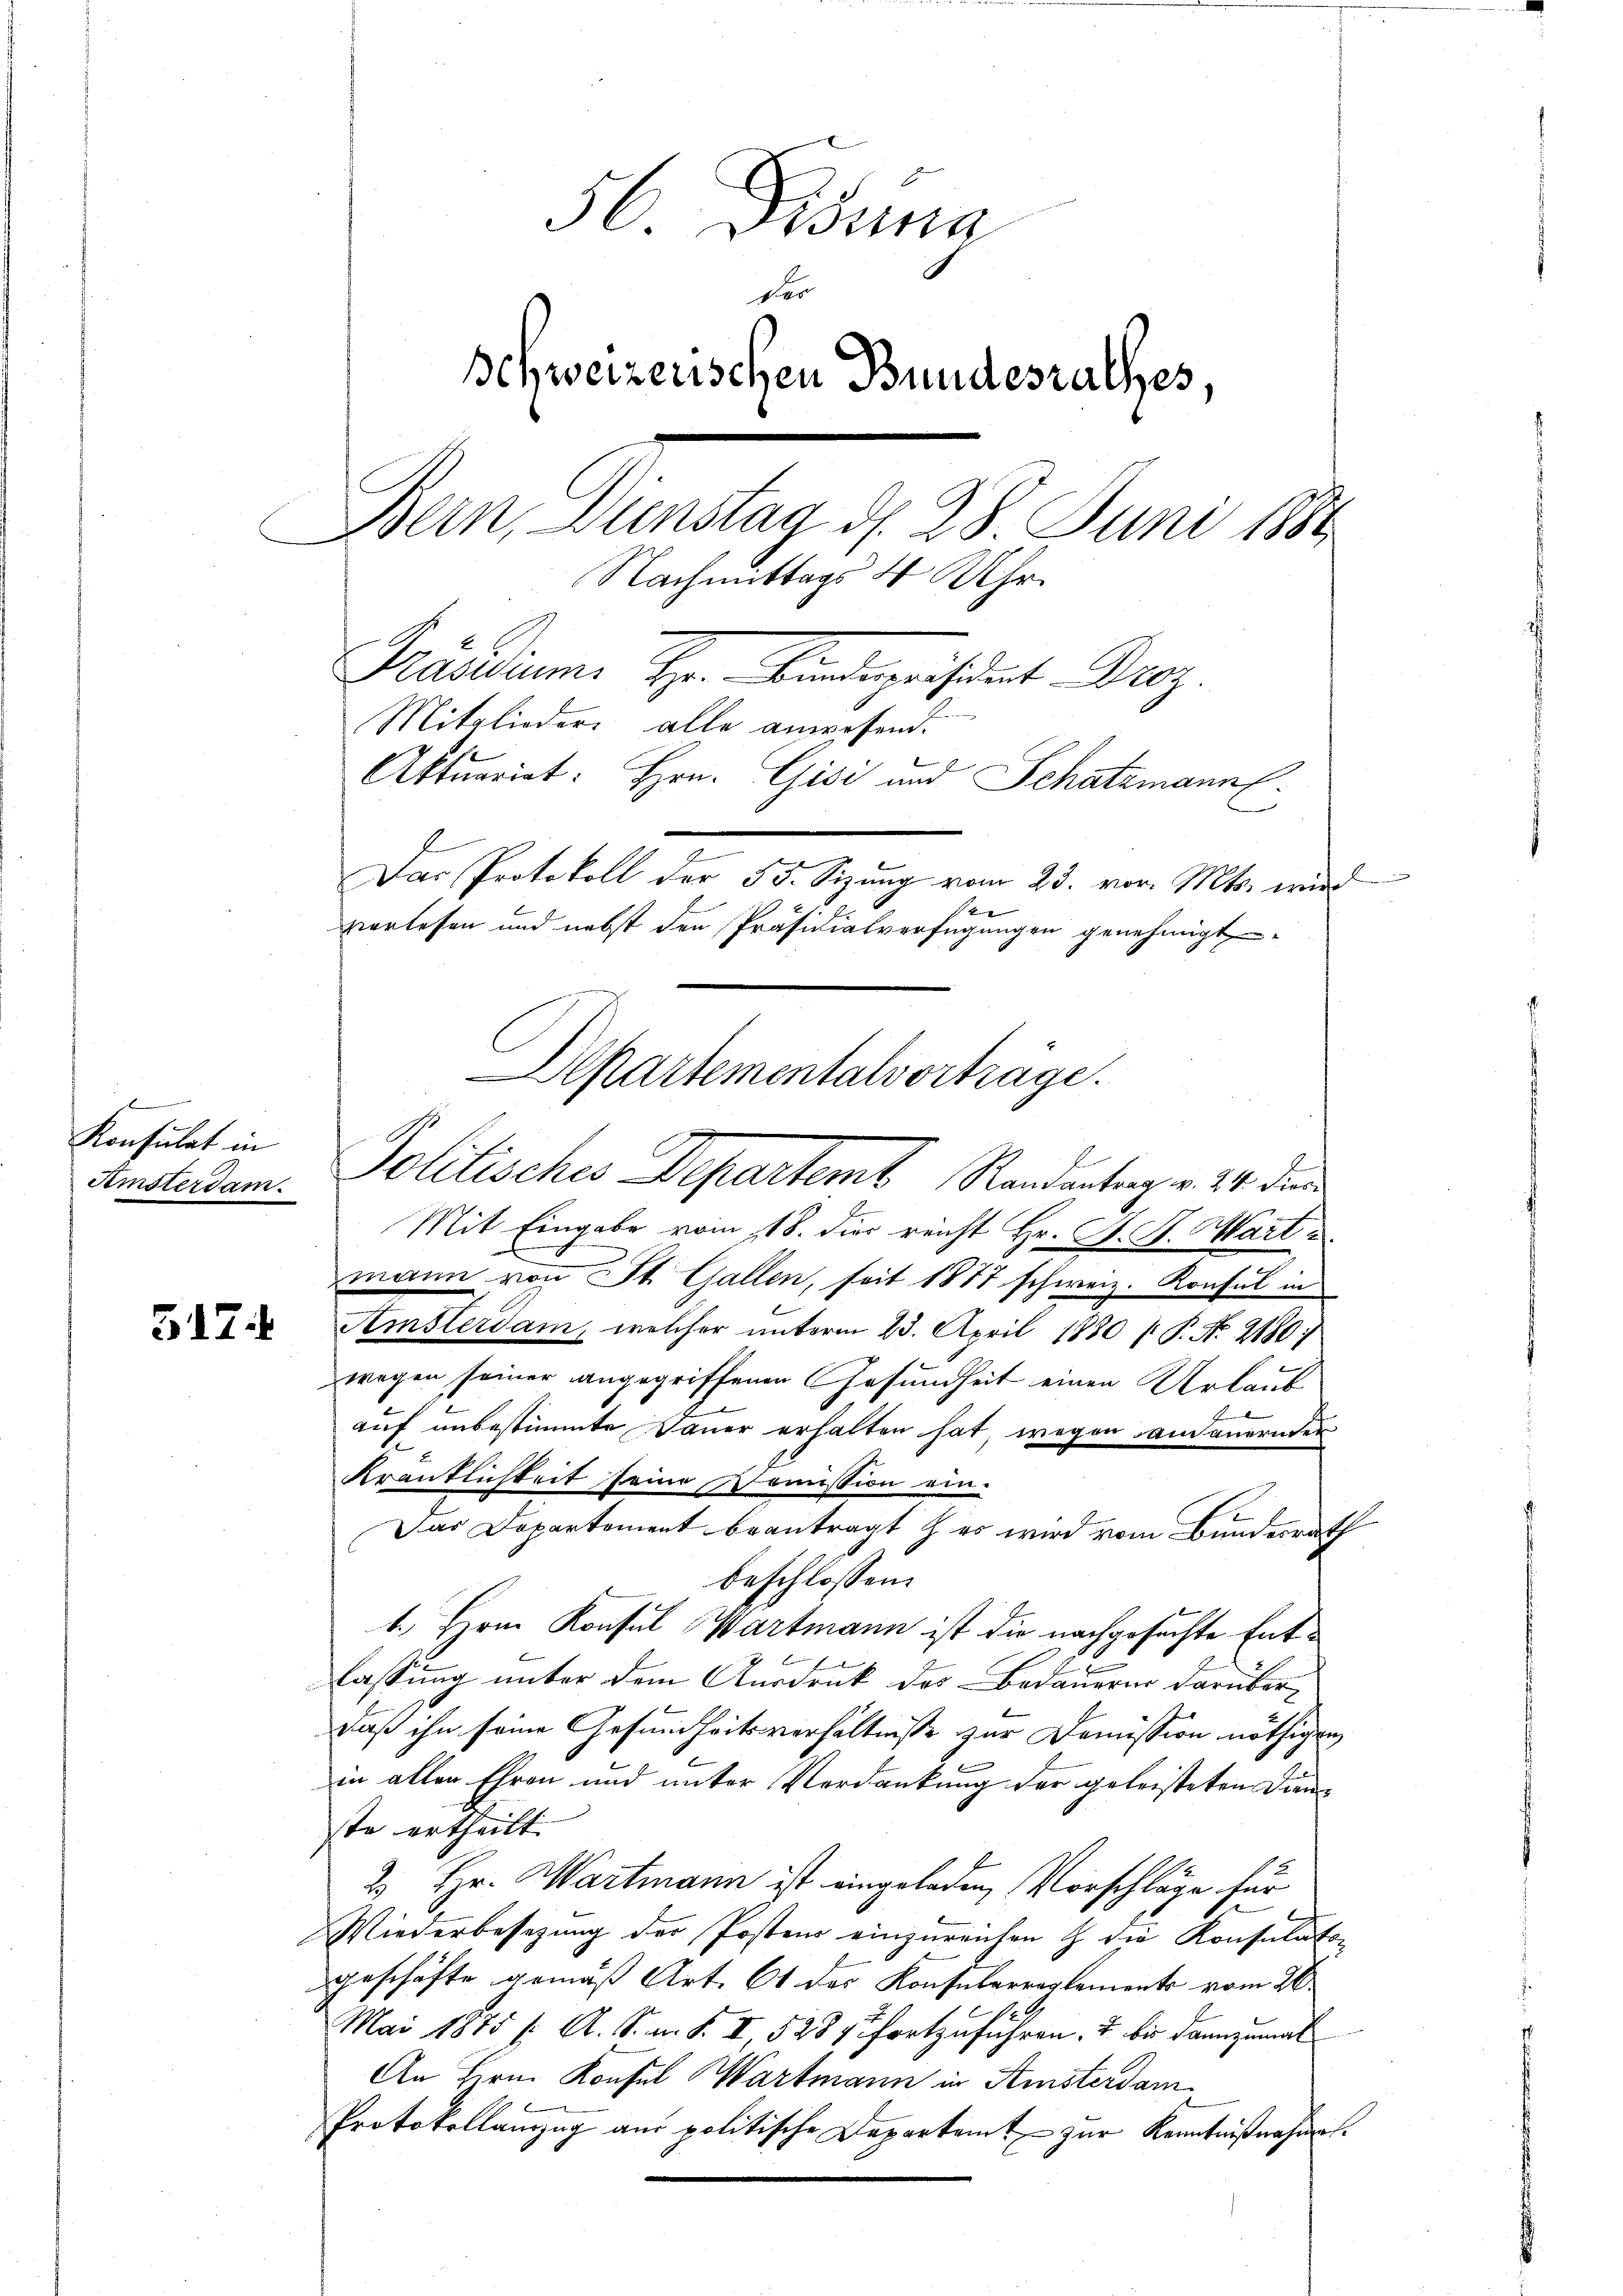
Agent
Konsulat in

56. Disena
d
schweizerischen Bundesrathes,
Bern, Dienstag d. 28. Juni 1884
Nachmittags 4 Uhr.
Präsidium. Hr. Kindepräsident Droz.
Mitglieder alle anwesend.
Aktuariat: Hrn. Gisi und Schatzmann.
e
Das Protokoll der 55. Sizŭng vom 23. vor. Mts. wird
s
vorlesen und nebst den Präsidialverfügungen genehmigt

Mit Eingabe vom 18. dies reicht Hr. A. St. Mart
e
mann von St. Gallen, seit 1877 schweiz. Konsul in
 Amsterdam, welcher unterm 23. April 1880 /: P. No. 2180;
wegen seiner angegriffenen Gesundheit einen Urlaub
auf unbestimmte Dauer erhalten hat, wegen am anernden
Krantlichkeit seine Komission ein-
Das Departement beantragt & es wird vom Bundesrath
beschlossen:
1. Hrn. Konsul Wartmann ist die nachgesuchte Entlassung unter dem Ausdruck des Bedauern darüberdaß ihn seine Gesundheitsverhältnisse zur Demission nöthigen
in allen Ehren und unter Verdankung der geleisteten Dienste ertheilt.
2.) Hr. Wartmann ist eingeladen, Vorschläge für
Wiederbesezung der Postens einzureichen & die Konsulatogeschäfte gemäß Art. 61 des Konsularreglements vom 26.
1
Mai 1875 (: A. S. m. S. I, 528 fortzuführen. I bis dannzumal
An Herrn Konsul Wartmann in Amsterdam
Protokollanzug aus politische Departamt zur Kenntnißnahmen.

Departementalverträge.
Amsterdam. Politisches Departemb. Randantrag v. 24. dur